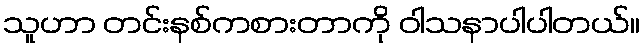
သူဟာ တင်းနစ်ကစားတာကို ဝါသနာပါပါတယ်။